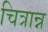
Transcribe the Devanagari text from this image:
चित्रान्न